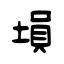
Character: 塤